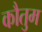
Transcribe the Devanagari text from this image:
कौतुम